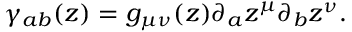
\gamma _ { a b } ( z ) = g _ { \mu \nu } ( z ) \partial _ { a } z ^ { \mu } \partial _ { b } z ^ { \nu } .